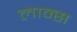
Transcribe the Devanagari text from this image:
लान्‍स